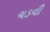
ચડવી